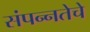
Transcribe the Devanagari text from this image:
संपन्‍नतेचे